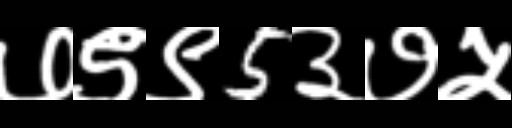
Text: ७९९5३७५